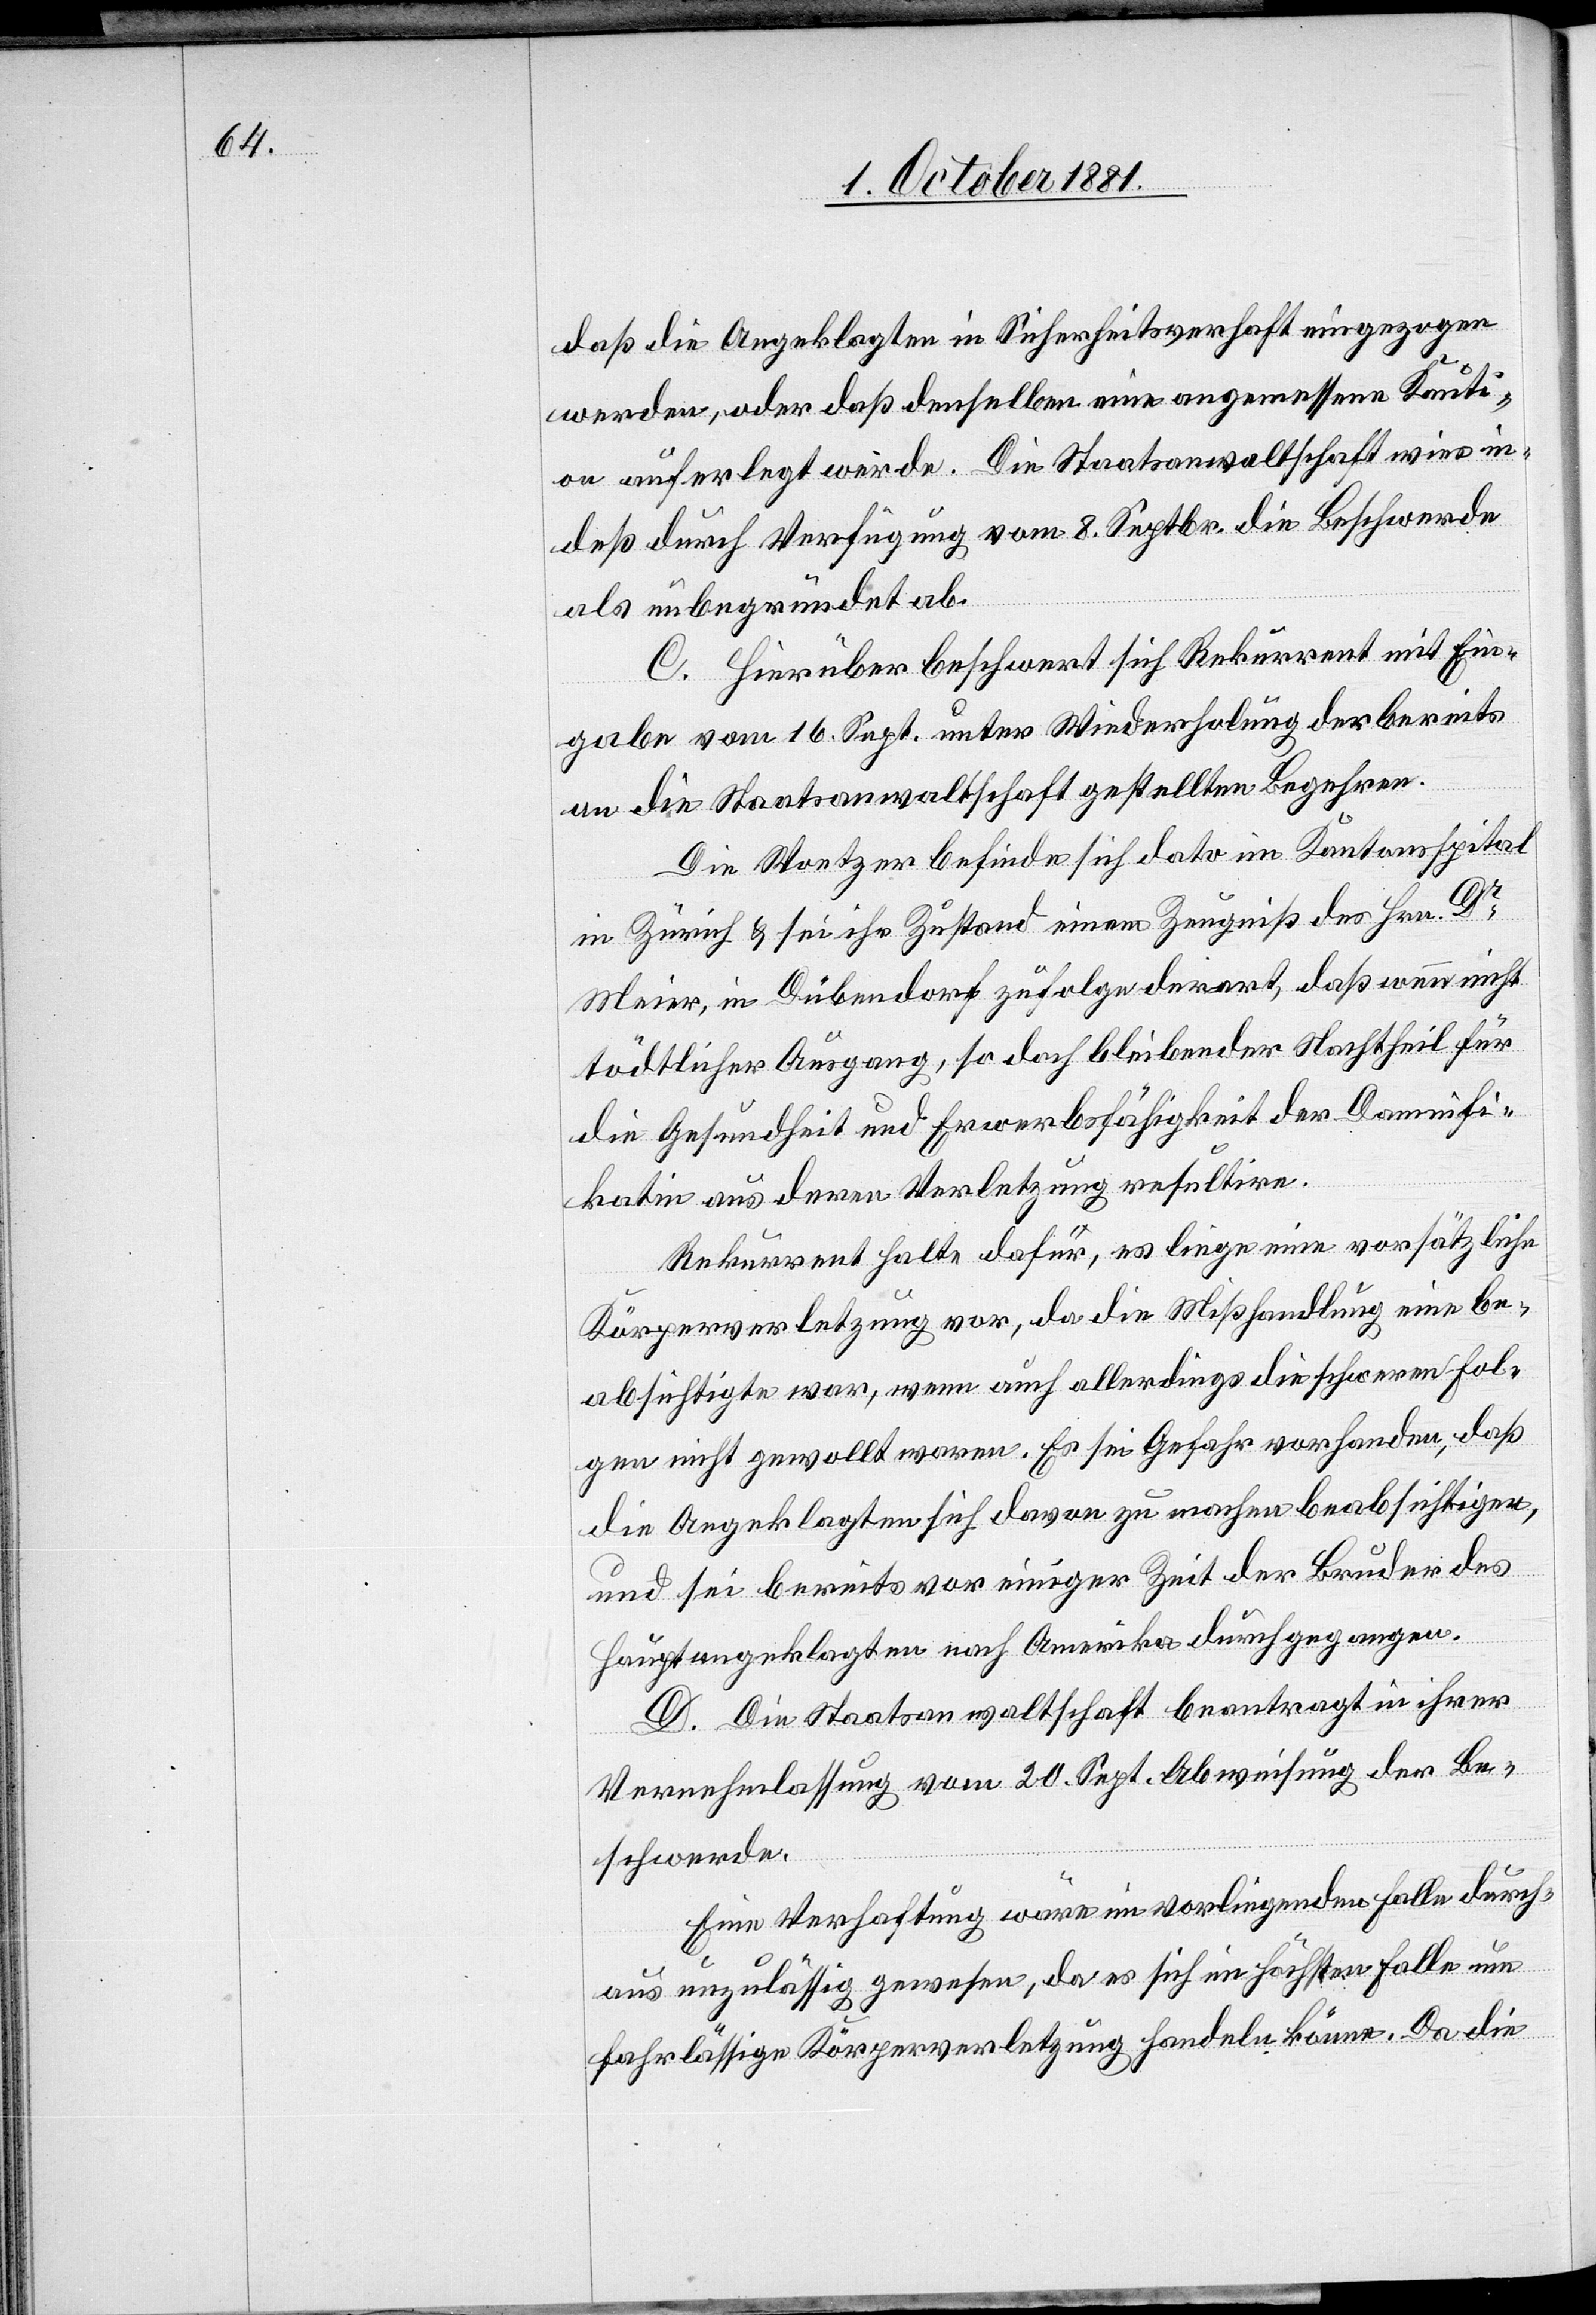
daß die Angeklagten in Sicherheitsverhaft eingezogen
werden, oder daß denselben eine angemessene Kauti¬
on auferlegt werde. Die Staatsanwaltschaft wies in¬
deß durch Verfügung vom 8. Septbr. die Beschwerde
als unbegründet ab.
C. Hierüber beschwert sich Rekurrent mit Ein¬
gabe vom 16. Sept. unter Wiederholung der bereits
an die Staatsanwaltschaft gestellten Begehren.
Die Woetzer befinde sich dato im Kantonsspital
in Zürich & sei ihr Zustand einem Zeugniß des Hrn. Dr
Meier, in Dübendorf zufolge derart, daß wenn nicht
tödtlicher Ausgang, so doch bleibender Nachtheil für
die Gesundheit und Erwerbsfähigkeit der Damnifi¬
katin aus deren Verletzung resultire.
Rekurrent halte dafür, es liege eine vorsätzliche
Körperverletzung vor, da die Mißhandlung eine be¬
absichtigte war, wenn auch allerdings die schweren Fol¬
gen nicht gewollt waren. Es sei Gefahr vorhanden, daß
die Angeklagten sich davon zu machen beabsichtigen,
und sei bereits vor einiger Zeit der Bruder des
Hauptangeklagten nach Amerika durchgegangen.
D. Die Staatsanwaltschaft beantragt in ihrer
Vernehmlassung vom 20. Sept. Abweisung der Be¬
schwerde.
Eine Verhaftung wäre im vorliegenden Falle durch¬
aus unzulässig gewesen, da es sich im höchsten Falle um
fahrlässige Körperverletzung handeln könne. Da die